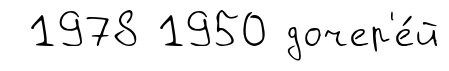
1978 1950 дочер'е́й